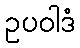
ဥပဝါဒံ